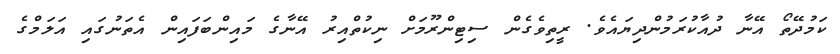
ކަމުދޭތޯ އޭނާ ދުއާކުރަމުންދިޔައެވެ. ރީތިވެގެން ސިޓިންރޫމަށް ނިކުތްއިރު އޭނާގެ މައިންބަފައިން އެތަނުގައި އަލަމްގެ